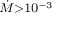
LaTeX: \scriptstyle { \dot { M } } > 1 0 ^ { - 3 }